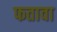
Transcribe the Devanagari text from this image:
फतावा